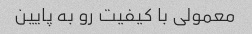
معمولی با کیفیت رو به پایین